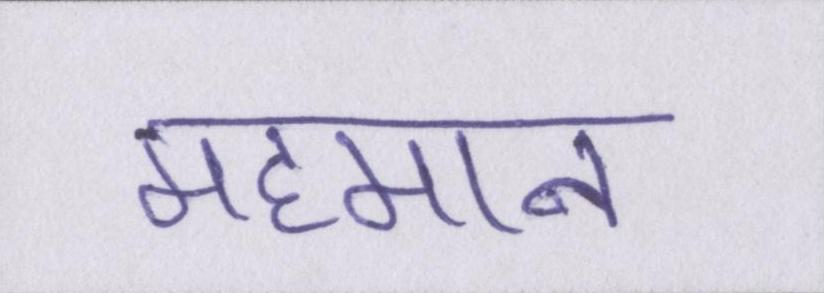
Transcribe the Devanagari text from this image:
महमान